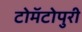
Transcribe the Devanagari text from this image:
टोमॅटोपुरी